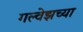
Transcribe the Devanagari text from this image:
गल्वेझच्या